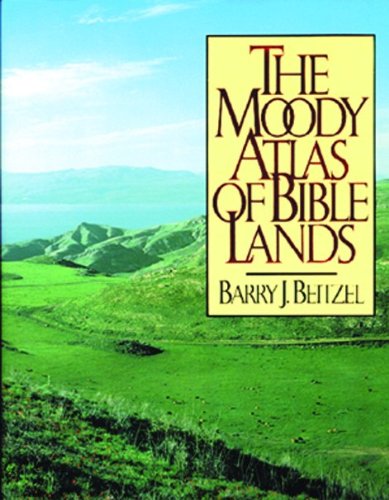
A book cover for The Moody Atlas of Bible Lands ([ACSM Map Design Competition Collection); Barry J. Beitzel; Christian Books & Bibles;